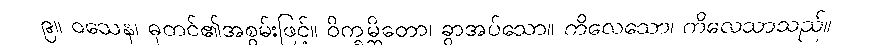
၉။ ဝသေန၊ ဓုတင်၏အစွမ်းဖြင့်။ ဝိက္ခမ္ဘိတော၊ ခွာအပ်သော။ ကိလေသော၊ ကိလေသာသည်။